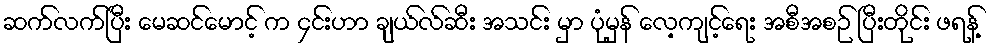
ဆက်လက်ပြီး မေဆင်မောင့် က ၄င်းဟာ ချယ်လ်ဆီး အသင်း မှာ ပုံမှန် လေ့ကျင့်ရေး အစီအစဉ် ပြီးတိုင်း ဖရန့်